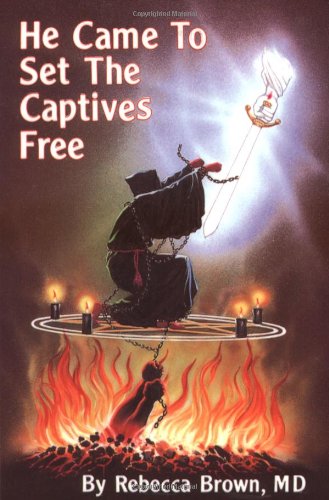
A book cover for He Came To Set The Captives Free; Rebecca Brown; Christian Books & Bibles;